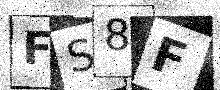
Text: FS8F